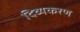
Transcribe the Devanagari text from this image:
दिव्यकरण